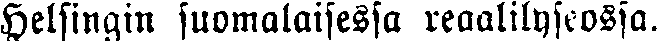
Helsingin suomalaisessa reaalilyseossa.